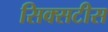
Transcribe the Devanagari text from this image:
सिक्सटीस